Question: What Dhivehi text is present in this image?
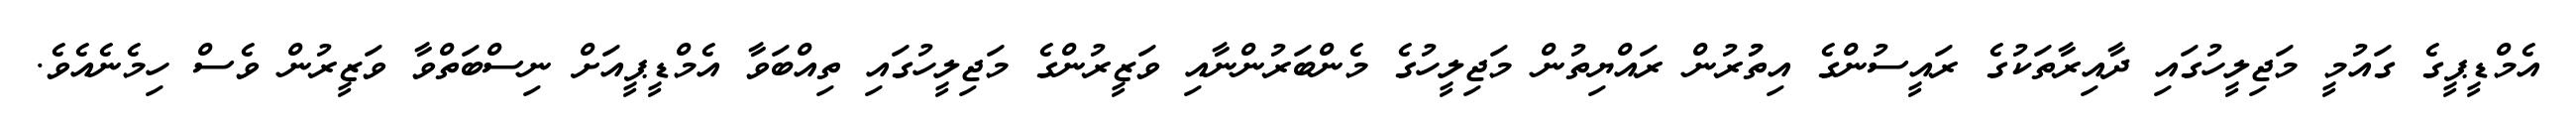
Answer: އެމްޑީޕީގެ ގައުމީ މަޖިލީހުގައި ދާއިރާތަކުގެ ރައީސުންގެ އިތުުރުން ރައްޔިތުން މަޖިލީހުގެ މެންބަރުންނާއި ވަޒީރުންގެ މަޖިލީހުގައި ތިއްބަވާ އެމްޑީޕީއަށް ނިސްބަތްވާ ވަޒީރުން ވެސް ހިމެނެއެވެ.